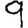
Digit: 9